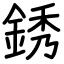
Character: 銹